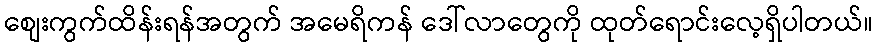
စျေးကွက်ထိန်းရန်အတွက် အမေရိကန် ဒေါ်လာတွေကို ထုတ်ရောင်းလေ့ရှိပါတယ်။